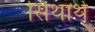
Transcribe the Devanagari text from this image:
सिथार्थ